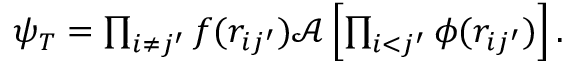
\begin{array} { r } { \psi _ { T } = \prod _ { i \neq j ^ { \prime } } f ( r _ { i j ^ { \prime } } ) \mathcal { A } \left[ \prod _ { i < j ^ { \prime } } \phi ( r _ { i j ^ { \prime } } ) \right] . } \end{array}